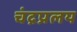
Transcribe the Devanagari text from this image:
चंद्रप्रलय